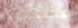
مظهرك